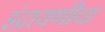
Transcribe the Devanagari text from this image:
इंद्रायणीचा